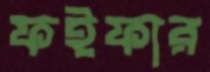
ফইফার